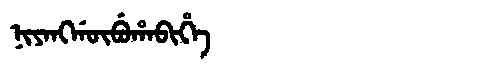
Manchu: ᠨᡳᠶᠠᠩᡤᡡᠪᡠᡥᠠᠪᡳᡥᡝ
Romanization: NIYANGGŪBUHABIHE